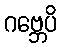
ဂဗ္ဘေပိ